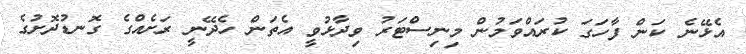
އެޅޭނެ ކަން ފާހަގަ ކުރައްވަމުން މިނިސްޓަރު ވިދާޅުވީ އެތަން ހެދޭނީ ރަށެއްގެ ގޮނޑުދޮށުގެ